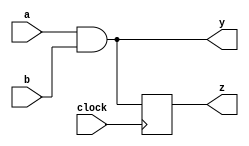
module example (
    input wire a,
    input wire b,
    input wire clock,
    output reg y,
    output reg z
);

// Combinational logic using always @*
always @* begin
    // Logic for output y based on inputs a and b
    y = a & b; // Example: AND operation
end

// Sequential logic using always @(posedge clock)
always @(posedge clock) begin
    // Logic for output z based on some condition or state
    z <= y; // Example: Capture output y on rising edge of clock
end

endmodule